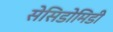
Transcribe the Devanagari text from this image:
सेसिडोमिडी